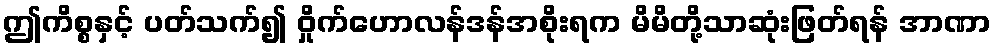
ဤကိစ္စနှင့် ပတ်သက်၍ ဝှိုက်ဟောလန်ဒန်အစိုးရက မိမိတို့သာဆုံးဖြတ်ရန် အာဏာ